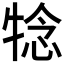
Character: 𤚋